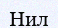
Нил